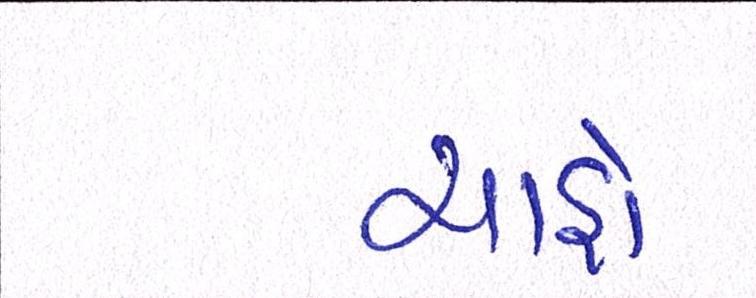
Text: ચાહો